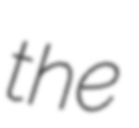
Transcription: the